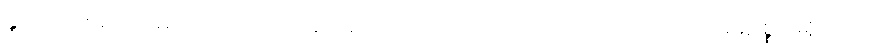
နှိုင်းယှဉ်စရာဥပမာမည်သည်ကား။ ပုရိသော၊ ယောကျ်ားသည်။ အဿကော၊ မိမိဥစ္စာမရှိသော။